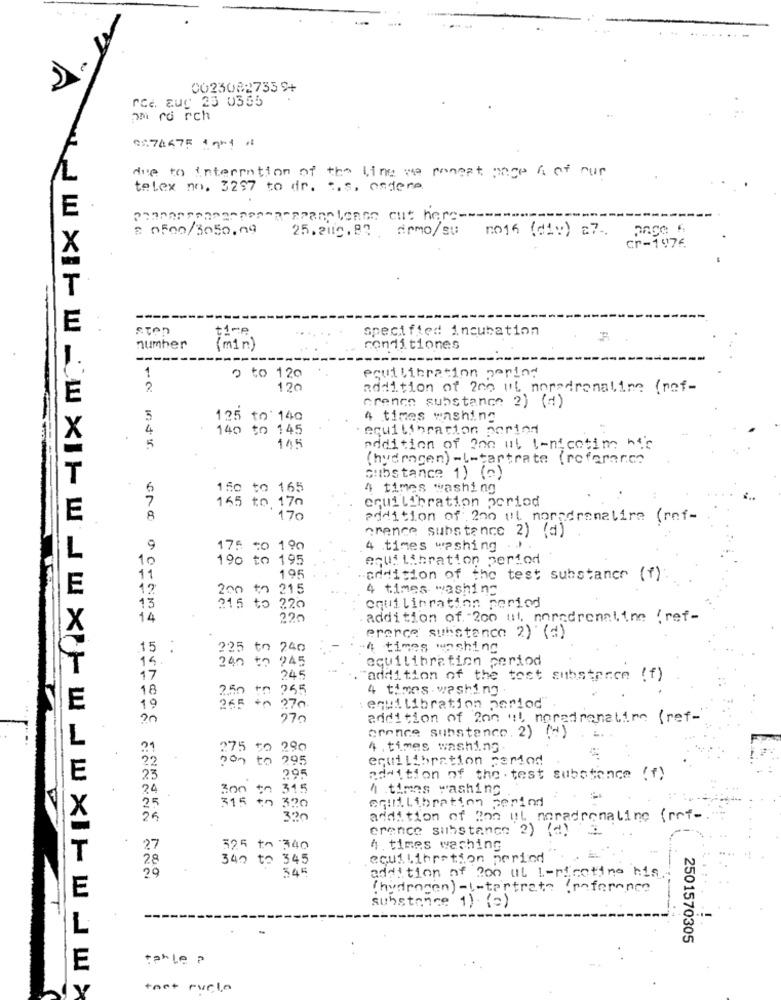
0023082735 9+
rce. aug 25 0355
am ro rch
0:76675 1 9kg 1
due to interration of the line we poneat page 4 of our
telex no. 3297 to dr. t. s. onders
2 0500/3050.00
25. 2010.82. Como/su roth (div) a7.
cr-1976
-----
E
STAT
time
specified incubation
number
(min)
conditiones
1
o to 120
equilibration period
2
120
addition of 200 ul noradrenaline (ref-
Grenen substance 2) (₫)
5
125 to 140
4 times washing
4
140 to 145
equilibration period
5
115
addition of 200 ut tenicotim nic
(hydrogen) -l-tartrate (reference
Substance 1) (a)
6
150
165
4 times washing
7
equilibration period
165 to 170
E
8
170
addition of 200 ul noradrenaline (ref-
"rence substance 2) (d)
9
175 to 10
4 times washing
..
10
190 to 195
equi Libration period
195
11
addition of the test substance (f).
12
215
4 times washing
13
equilibration period
378 to 220
14
225
addition of. 200 ui, noradrenaline / ref-
erence substance 2) (s)
.15 :
225 to 240
4 times washing
14.
240 to 245
equilibration period
17
245
addition of the test substance (f)
18
250
255
4 times . washing
265
E
19
270
:equi Libration period"
270
addition of 200 ut noradrenatime (ref-
crence substance. 2) (-)
21
275 50 290
4 . times washing
22
non to 295
equilibration period
23
295
addition of the test substance ( f)
24
315
h times washing.
300 ;
equilibration period
FE
25
300
addition of ton ul meradrenaline (ref-
erence substance 2) (d)
27
325 to 340
4. times washing
28
340 to 345
equilibration period
345
addition of 200 ut L-nicotine his
29
E
( hydrogen) - l-tartrate ( reference
.....
substance 1) (=)
. !.
2501570305
tahle a
toet rucle